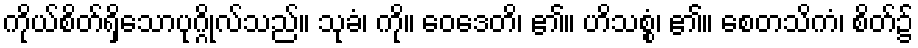
ကိုယ်စိတ်ရှိသောပုဂ္ဂိုလ်သည်။ သုခံ၊ ကို။ ဝေဒေတိ၊ ၏။ ဟိသစ္စံ၊ ၏။ စေတသိကံ၊ စိတ်၌